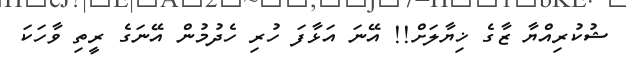
ޝުކުރިއްޔާ ޒާގެ ޚިޔާލަށް!! އޭނަ އަޅާފަ ހުރި ހެދުމުން އޭނަގެ ރީތި ވާހަކަ